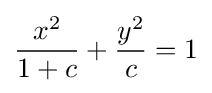
{\frac {x^{2}}{1+c}}+{\frac {y^{2}}{c}}=1